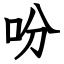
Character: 吩